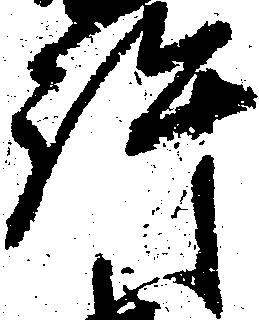
許